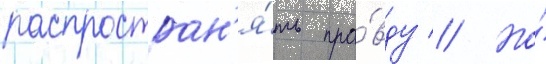
распростран'я́ть пра́вду // Но́